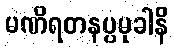
မဏိရတနပ္ပမုခါနိ